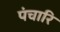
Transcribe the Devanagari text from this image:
पंचारि